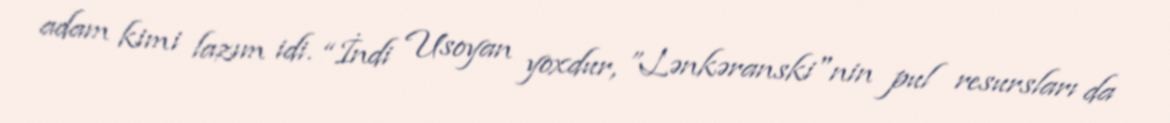
adam kimi lazım idi. “İndi Usoyan yoxdur, ”Lənkəranski"nin pul resursları da